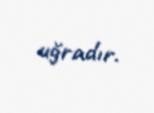
uğradır.